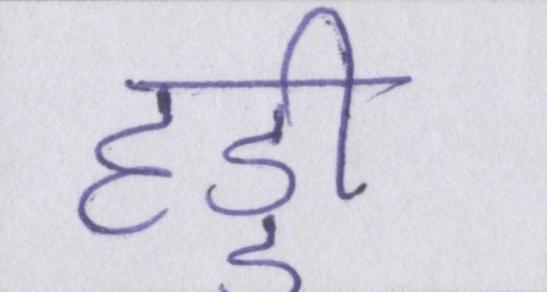
हड्डी